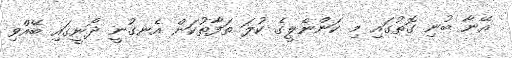
އޭނާ ބުނި ގޮތުގައި މި ކަންނެލީގެ ކުލަ ތަފާތުކަން އެނގުނީ ދޯނީގައި ބޭއްވި